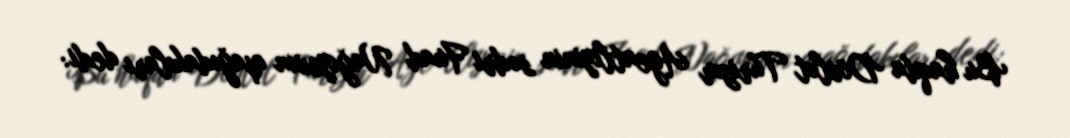
Bu haqda Dövlət Turizm Agentliyinin sədri Fuad Nağıyevin aşağıdakıları dedi: